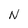
Character: N